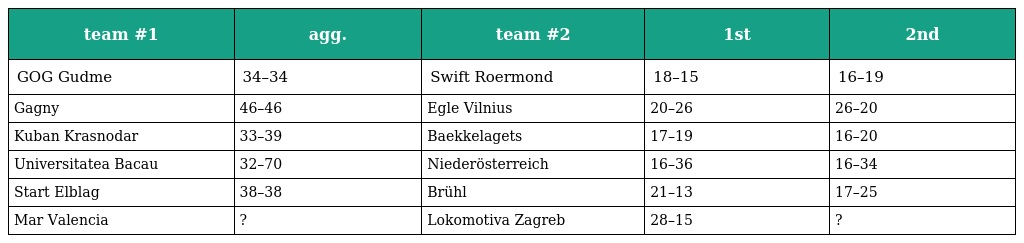
| team #1 | agg. | team #2 | 1st | 2nd |
 | --- | --- | --- | --- | --- |
 | GOG Gudme | 34–34 | Swift Roermond | 18–15 | 16–19 |
 | Gagny | 46–46 | Egle Vilnius | 20–26 | 26–20 |
 | Kuban Krasnodar | 33–39 | Baekkelagets | 17–19 | 16–20 |
 | Universitatea Bacau | 32–70 | Niederösterreich | 16–36 | 16–34 |
 | Start Elblag | 38–38 | Brühl | 21–13 | 17–25 |
 | Mar Valencia | ? | Lokomotiva Zagreb | 28–15 | ? |